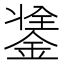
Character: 𨨼